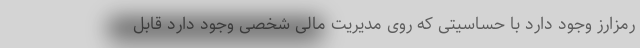
رمزارز وجود دارد با حساسیتی که روی مدیریت مالی شخصی وجود دارد قابل